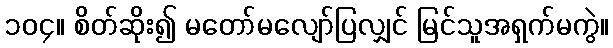
၁၀၄။ စိတ်ဆိုး၍ မတော်မလျော်ပြလျှင် မြင်သူအရှက်မကွဲ။